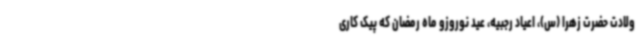
ولادت حضرت زهرا (س)، اعیاد رجبیه، عید نوروزو ماه رمضان که پیک کاری